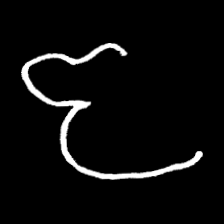
Pyu character \u2014 Myanmar letter: ဇ (romanized: ja)